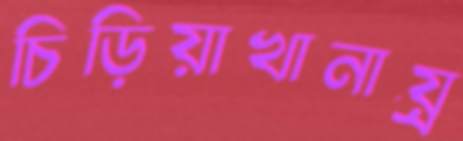
চিড়িয়াখানায়্র